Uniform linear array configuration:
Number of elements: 4
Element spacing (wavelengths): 1
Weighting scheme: cosine
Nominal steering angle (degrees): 60
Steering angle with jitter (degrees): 58.963
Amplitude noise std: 0.05
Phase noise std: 0.05

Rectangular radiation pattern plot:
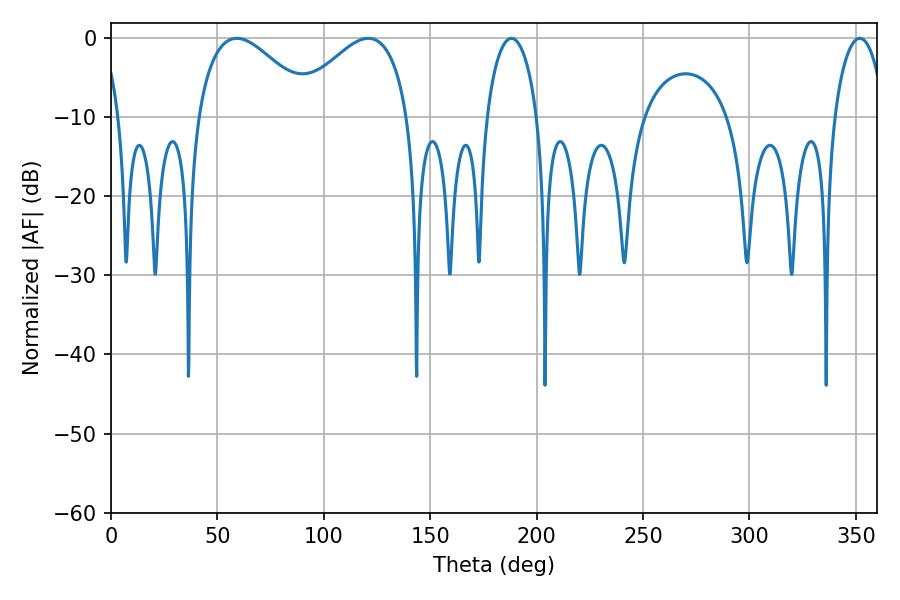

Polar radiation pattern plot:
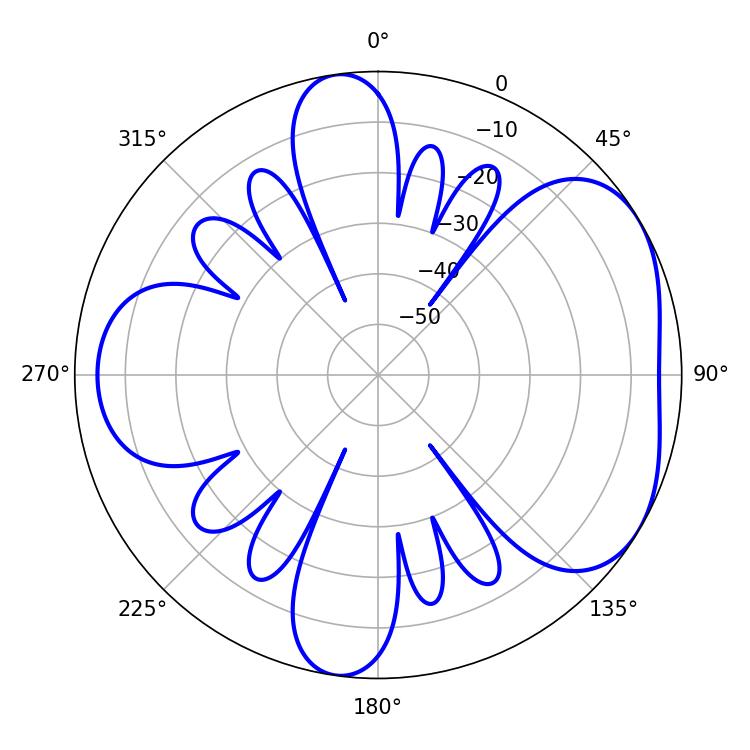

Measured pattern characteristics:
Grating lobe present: TRUE
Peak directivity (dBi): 4.667
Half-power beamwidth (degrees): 29.52
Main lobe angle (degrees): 59.04